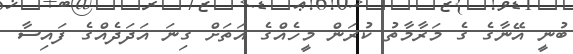
ބުނީ އޭނާގެ ގެ މަރާމާތު ކުރަން މީހެއްގެ އަތަށް ގިނަ އަދަދެއްގެ ފައިސާ